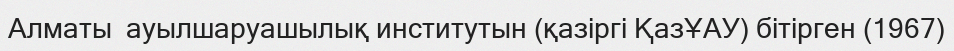
Алматы  ауылшаруашылық институтын (қазіргі ҚазҰАУ) бітірген (1967)